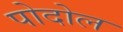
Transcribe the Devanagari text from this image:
पोदोल